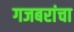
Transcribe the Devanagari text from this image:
गजबरांचा